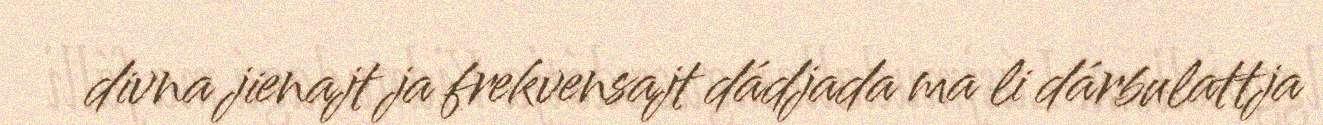
divna jienajt ja frekvensajt dádjada ma li dárbulattja